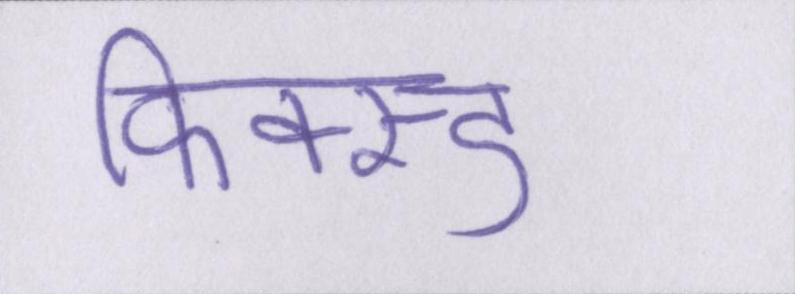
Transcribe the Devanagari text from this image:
फिक्स्ड